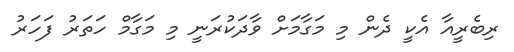
ރިބެރީއާ އެކީ ދެން މި މަގާމަށް ވާދަކުރަނީ މި މަގާމް ހަތަރު ފަހަރު